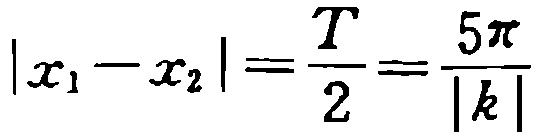
\(\vert x_{1}-x_{2}\vert=\frac{T}{2}=\frac{5\pi}{\vert k\vert}\)